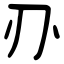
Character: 刅